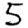
Digit: 5